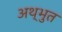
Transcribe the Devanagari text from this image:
अथ्भुत